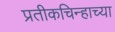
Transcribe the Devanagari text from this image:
प्रतीकचिन्हाच्या